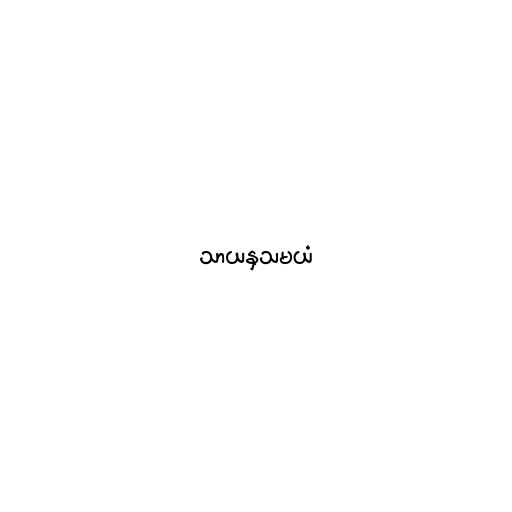
သာယနှသမယံ